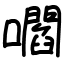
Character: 嚪